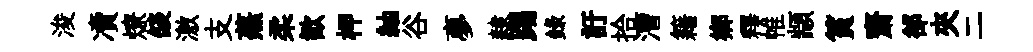
浚凟燎燄激支蕪柔歓柙紬谷夣隸踢錄訏拾漕籍郷釋帷顓篔齋郤夾二